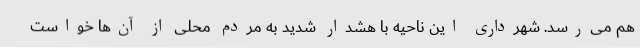
هم می‌رسد. شهرداری این ناحیه با هشدار شدید به مردم محلی از آن‌ها خواست